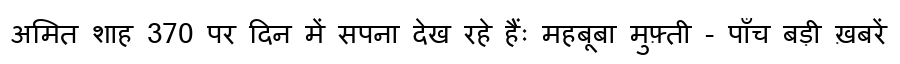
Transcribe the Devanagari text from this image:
अमित शाह 370 पर दिन में सपना देख रहे हैंः महबूबा मुफ़्ती - पाँच बड़ी ख़बरें